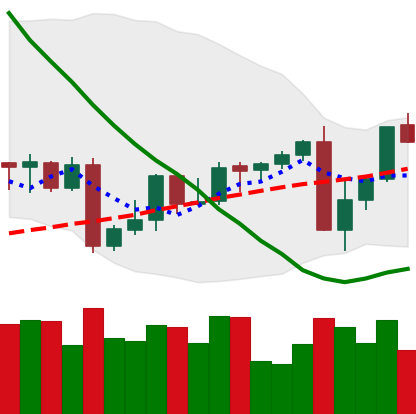
Ticker: XMR-USD
Chart end date: 2022-09-10
Forward return: -7.47%
Label: down_7plus